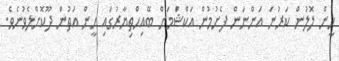
ހީން ލޮލުން ކަރުނަ އަންނަން ފެށުމުން އަކްޝަމަށް ބޭއިހްތިޔާރުގައި ހީން އަތުން ދޫކޮށްލެވުނެވެ.